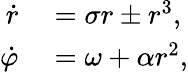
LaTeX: \begin{array}{rl}{\dot{r}}&{{}=\sigma r\pm r^{3},}\\ {\dot{\varphi}}&{{}=\omega+\alpha r^{2},}\end{array}